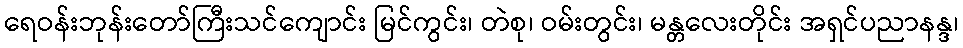
ရေဝန်းဘုန်းတော်ကြီးသင်ကျောင်း မြင်ကွင်း၊ တဲစု၊ ဝမ်းတွင်း၊ မန္တလေးတိုင်း အရှင်ပညာနန္ဒ၊